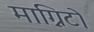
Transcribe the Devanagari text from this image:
माग्निटो